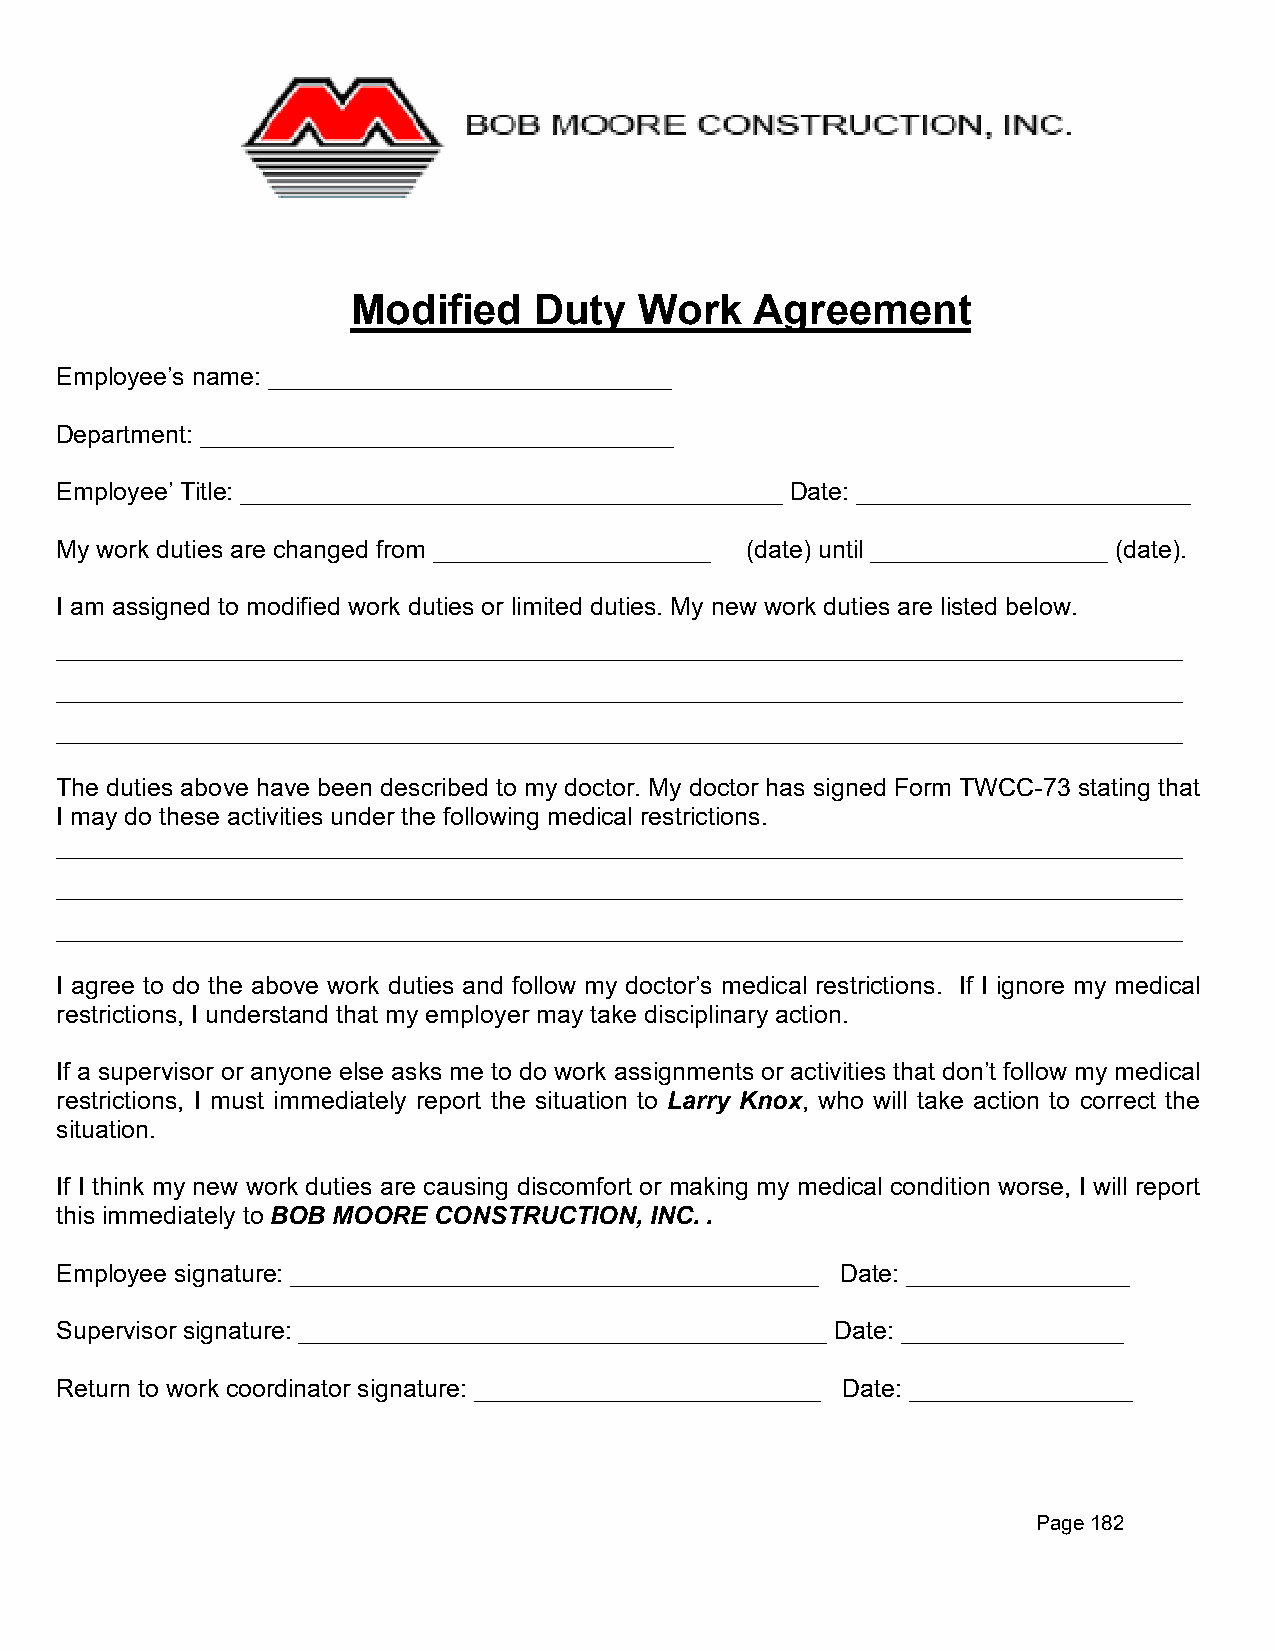
Modified    Duty   Work    Agreement
 Employee’s name: _____________________________
 Department: __________________________________
 Employee’ Title: _______________________________________ Date: ________________________
 My work duties are changed from ____________________ (date) until _________________ (date).
 I am assigned to modified work duties or limited duties. My new work duties are listed below.
 _________________________________________________________________________________
 _________________________________________________________________________________
 _________________________________________________________________________________
 The duties above have been described to my doctor. My doctor has signed Form TWCC-73 stating that
 I may do these activities under the following medical restrictions.
 _________________________________________________________________________________
 _________________________________________________________________________________
 _________________________________________________________________________________
 I agree to do the above work duties and follow my doctor’s medical restrictions. If I ignore my medical
 restrictions, I understand that my employer may take disciplinary action.
 If a supervisor or anyone else asks me to do work assignments or activities that don’t follow my medical
 restrictions, I must immediately report the situation to Larry Knox, who will take action to correct the
 situation.
 If I think my new work duties are causing discomfort or making my medical condition worse, I will report
 this immediately to BOB MOORE CONSTRUCTION, INC. .
 Employee signature: ______________________________________ Date: ________________
 Supervisor signature: ______________________________________ Date: ________________
 Return to work coordinator signature: _________________________ Date: ________________
 Page 182